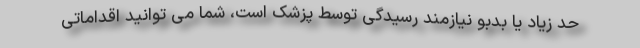
حد زیاد یا بدبو نیازمند رسیدگی توسط پزشک است، شما می توانید اقداماتی